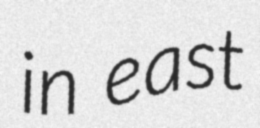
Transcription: in east